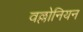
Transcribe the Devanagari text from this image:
वल्लोनियन